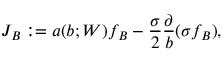
J _ { B } : = a ( b ; W ) f _ { B } - \frac { \sigma } { 2 } \frac { \partial } { b } ( \sigma f _ { B } ) ,